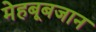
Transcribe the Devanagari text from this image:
मेहबूबजान